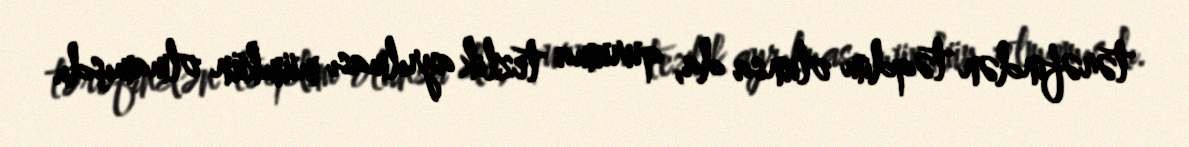
tərəfindən təqdim olunsa da, quruma tezlik ayrılması mümkün olmamışdı.